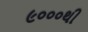
૯૦૦૦થી